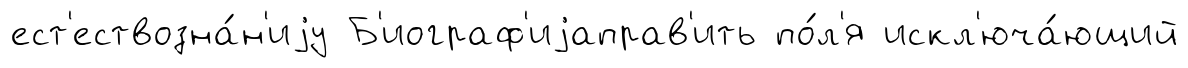
ест'ествозна́н'иjу Б'иограф'иjаправ'ить по́л'я искл'юча́ющий